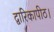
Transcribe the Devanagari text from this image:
द्वारिकापीठ।